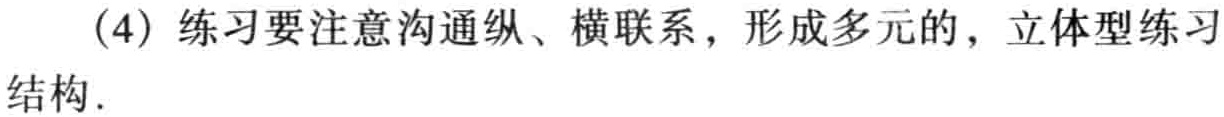
(4) 练习要注意沟通纵、横联系，形成多元的，立体型练习结构.